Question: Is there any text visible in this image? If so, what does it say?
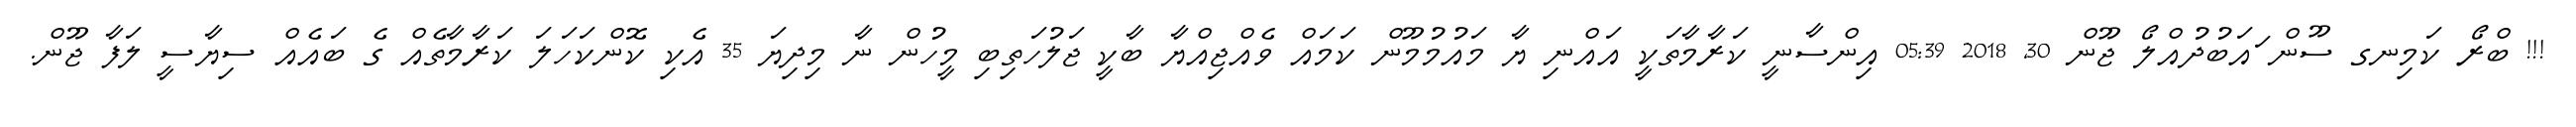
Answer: !!! ބްރޯ ކަމިނގ ސޫން ައަބުދުއްލޯ ޖޫން 30, 2018 05:39 އިންސާނީ ކަރާމާތަކީ އައްނި ޔާ މައުމުމޫން ކަމައް ވެއްޖިއްޔާ ބާކީ ޖަލުހަތިބި މީހުން ނާ މިދިޔަ 35 އެކި ކޮންކަހަލަ ކަރާމާތެއް ގެ ބައެއް ސިޔާސީ ލަފާ ޖޫން.